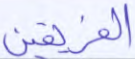
الفريقين